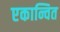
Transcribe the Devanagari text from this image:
एकान्वित